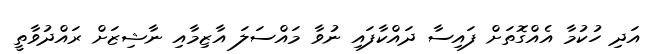
އަދި ހުކުމާ އެއްގޮތަށް ފައިސާ ދައްކާފައި ނުވާ މައްސަލަ އާޒިމާއި ނާޝިޒަށް ރައްދުވާތީ